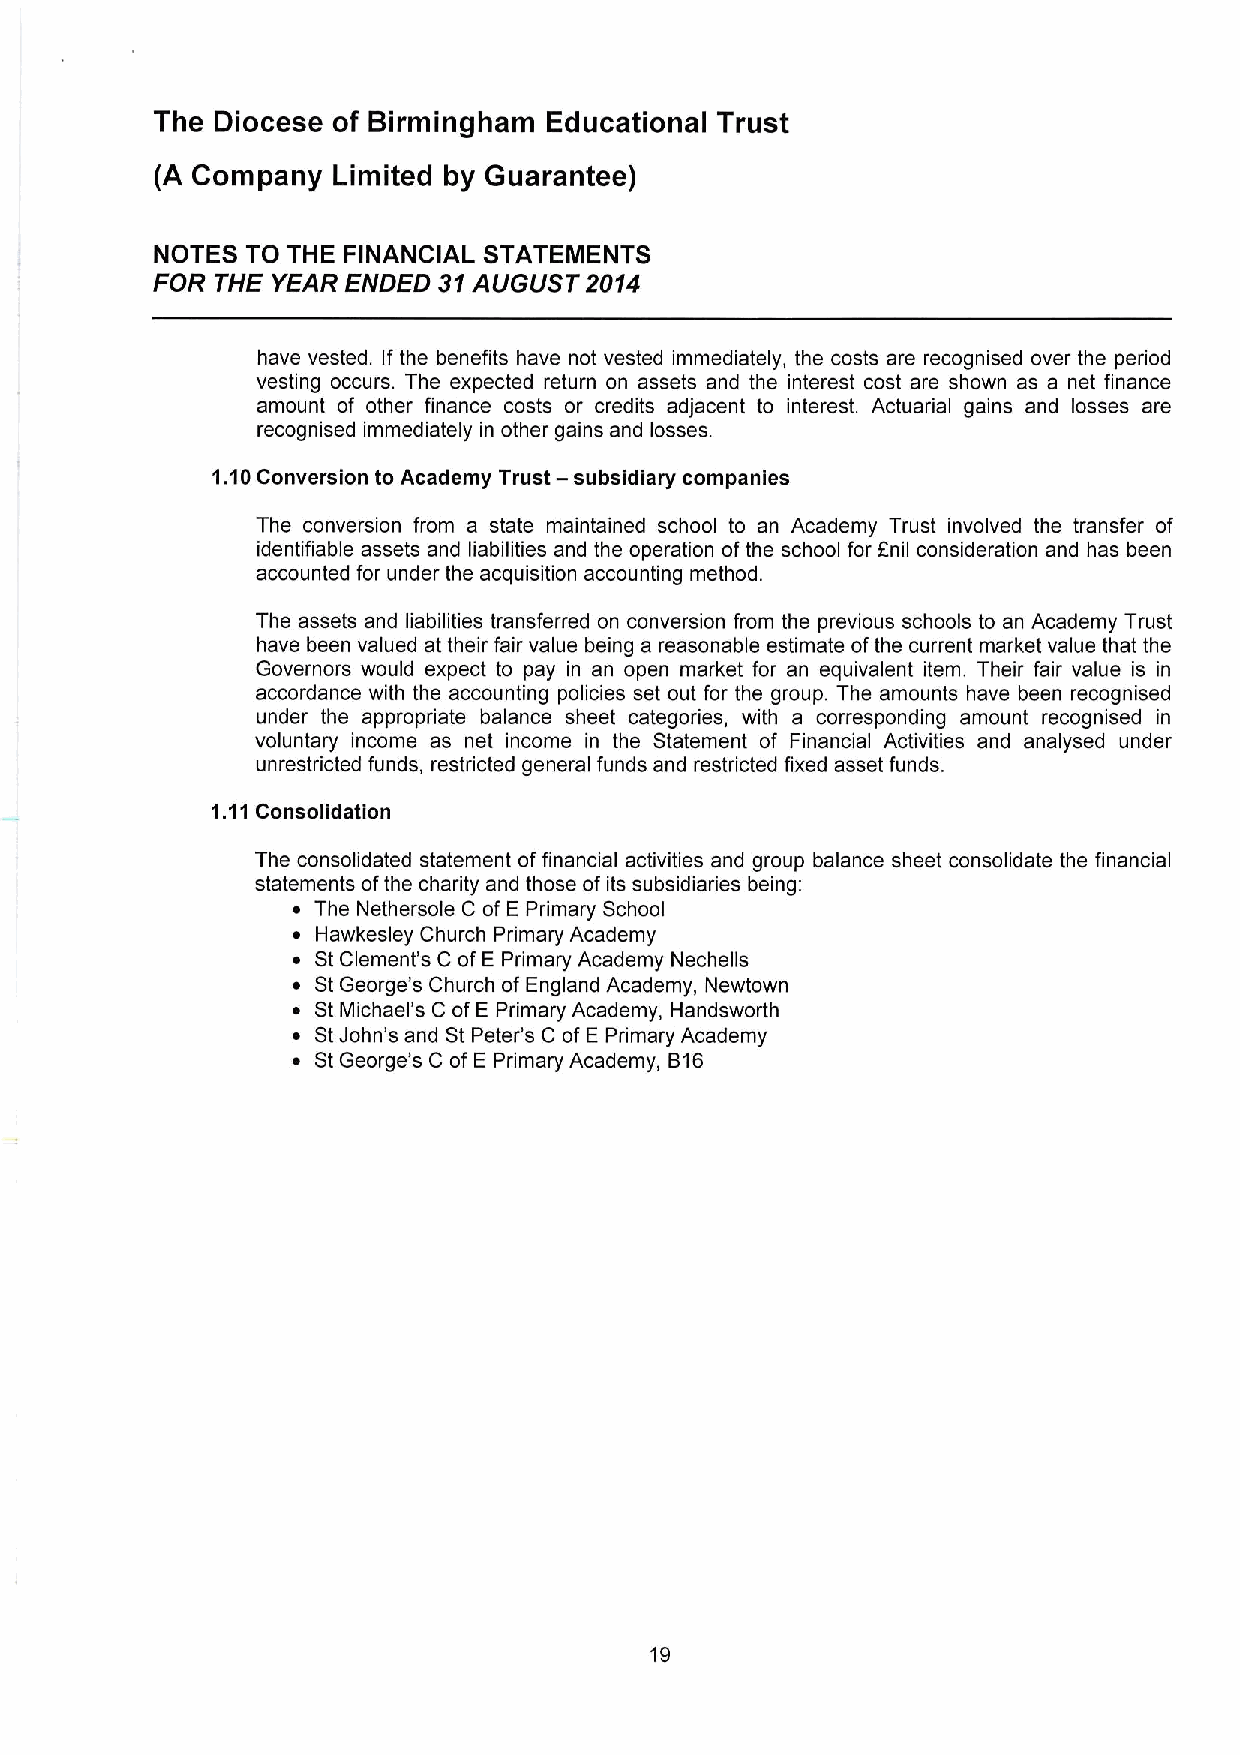
The Diocese of Birmingham Educational Trust
 (A Company  Limited by Guarantee)
 NOTES TO THE FINANCIAL STATEMENTS
 FOR THE YEAR ENDED 31AUGUST  2014
 have vested. If the benefits have not vested immediately, the costs are recognised over the period
 vesting occurs. The expected return on assets and the interest cost are shown as a net finance
 amount of other finance costs or credits adjacent to interest. Actuarial gains and losses are
 recognised immediately in other gains and losses.
 1.10Conversion to Academy Trust —subsidiary companies
 The conversion from a state maintained school to an Academy Trust involved the transfer of
 identifiable assets and liabilities and the operation ofthe school for Fnil consideration and has been
 accounted for under the acquisition accounting method.
 The assets and liabilities transferred on conversion from the previous schools to an Academy Trust
 have been valued at their fair value being a reasonable estimate ofthe current market value that the
 Governors would expect to pay in an open market for an equivalent item. Their fair value is in
 accordance with the accounting policies set out for the group. The amounts have been recognised
 under the appropriate balance sheet categories, with a corresponding amount recognised in
 voluntary income as net income in the Statement of Financial Activities and analysed under
 unrestricted funds, restricted general funds and restricted fixed asset funds.
 1.11Consolidation
 The consolidated statement of financial activities and group balance sheet consolidate the financial
 statements ofthe charity and those of its subsidiaries being:
 ~ The Nethersole C of E Primary School
 ~ Hawkesley Church Primary Academy
 ~ St Clement's C of E Primary Academy Nechells
 ~ St George's Church of England Academy, Newtown
 ~ St Michael's C of E Primary Academy, Handsworth
 ~ StJohn's and St Peter's C of E Primary Academy
 ~ St George's C of E Primary Academy, B16
 19